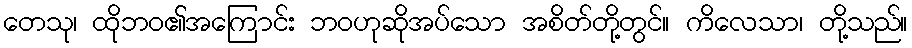
တေသု၊ ထိုဘဝ၏အကြောင်း ဘဝဟုဆိုအပ်သော အစိတ်တို့တွင်။ ကိလေသာ၊ တို့သည်။